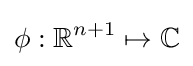
\phi :\mathbb {R} ^{n+1}\mapsto \mathbb {C}